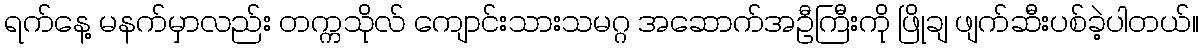
ရက်နေ့ မနက်မှာလည်း တက္ကသိုလ် ကျောင်းသားသမဂ္ဂ အဆောက်အဦကြီးကို ဖြိုချ ဖျက်ဆီးပစ်ခဲ့ပါတယ်။